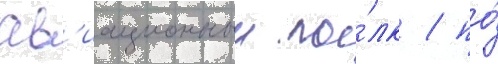
ав'иационныи по́лк / по́